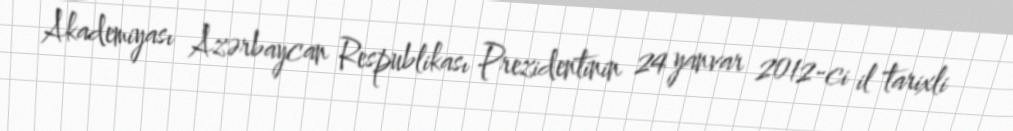
Akademiyası Azərbaycan Respublikası Prezidentinin 24 yanvar 2012-ci il tarixli